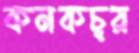
কনকচূর